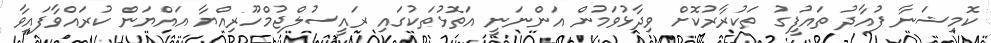
ކޮމިޝަނާ ފުއާދު ތައުފީގު ތަކުރާރުކޮށް ވިދާޅުވަމުން އަންނަނީ އަތޮޅުތަކުގައި ރައީސުލްޖުމްހޫރިއްޔާ އައްޔަން ކުރައްވާފައިވާ